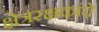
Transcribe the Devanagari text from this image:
क्षेत्ररक्षकांचे